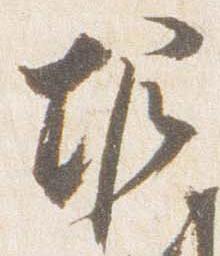
堀